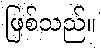
ဖြစ်သည်။